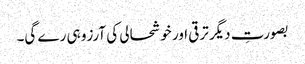
بصورتِ دیگر ترقی اور خوشحالی کی آرزو ہی رے گی۔